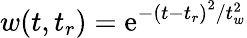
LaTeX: w(t,t_{r})=\mathrm{e}^{-\left(t-t_{r}\right)^{2}/t_{w}^{2}}